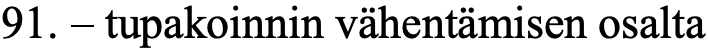
91. – tupakoinnin vähentämisen osalta